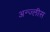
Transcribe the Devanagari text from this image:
अन्ज्लीस